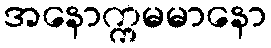
အနောက္ကမမာနော